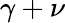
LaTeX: \gamma+\nu